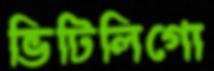
ভিটিলিগো